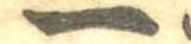
一